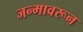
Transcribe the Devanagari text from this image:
जन्मावरून